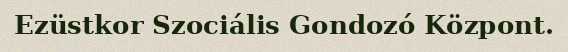
Ezüstkor Szociális Gondozó Központ.